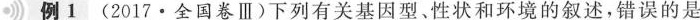
例1(2017·全国卷Ⅲ)下列有关基因型、性状和环境的叙述，错误的是